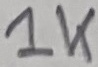
Text: 1K